Civil Veterinary Dept. Bombay admin report 1923-31 - 1923-1931
Year: 1923
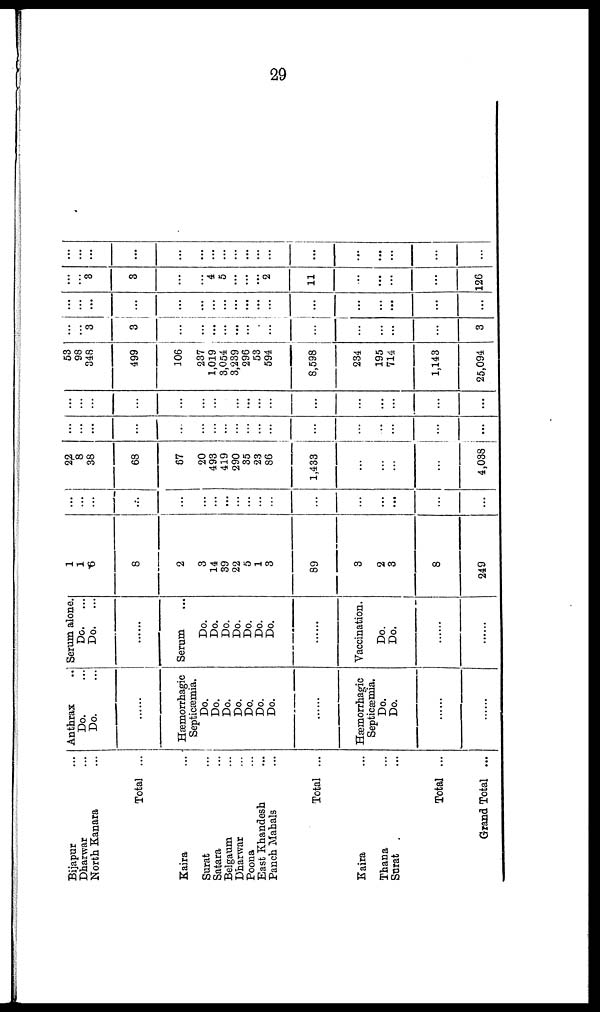
29
Bijapur ...
Dharwar ...
North Kanara ...
Total ...
Kaira ...
Surat ...
Belgaum ...
Dharwar ...
Poona ...
East Khandesh ...
Panch Mahals ...
Total ...
Kaira ...
Thana ...
Surat ...
Total ...
Grand Total ...
Anthrax
Do. ...
Do. ...
......
Hæmorrhagic
Septicæmia.
Do.
Do.
Do.
Do.
Do.
Do.
Do.
......
Hæmorrhagic
Septicæmia.
Do.
Do.
......
......
Serum alone.
Do.
...
Do.
...
......
Serum ...
Do.
Do.
Do.
Do.
Do.
Do.
Do.
......
Vaccination.
Do.
Do.
......
......
1
1
6
8
2
3
14
39
22
5
1
3
89
3
2
3
8
249
...
...
...
...
...
...
...
...
...
...
...
...
...
...
...
...
...
...
...
22
8
38
68
67
20
493
419
290
35
23
86
1,433
...
...
...
...
4,038
...
...
...
...
...
...
...
...
...
...
...
...
...
...
...
...
...
...
...
...
...
...
...
...
...
...
...
...
...
...
...
...
...
...
...
...
53
98
348
499
106
237
1,019
3,054
3,239
296
53
594
8,598
234
195
714
1,143
25,094
...
...
3
3
...
...
...
...
...
...
...
...
...
...
...
...
...
3
...
...
...
...
...
...
...
...
...
...
...
...
...
...
...
...
...
...
...
...
3
3
...
...
4
5
...
...
......
2
11
...
...
...
...
126
...
...
...
...
...
...
...
...
...
...
...
...
...
...
...
...
...
...
...